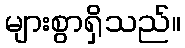
များစွာရှိသည်။